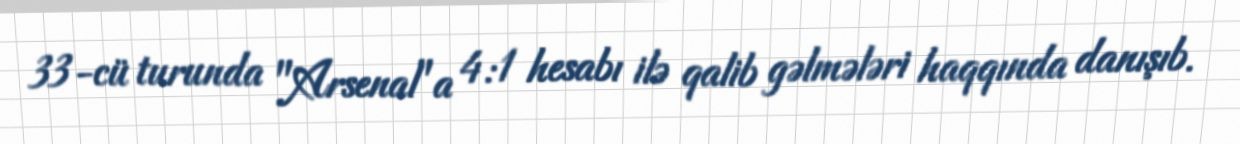
33-cü turunda "Arsenal"a 4:1 hesabı ilə qalib gəlmələri haqqında danışıb.